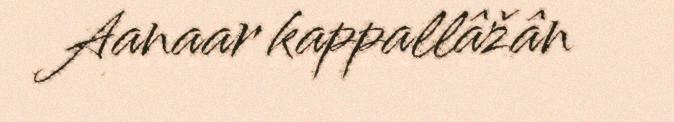
Aanaar kappallâžân